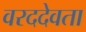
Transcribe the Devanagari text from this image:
वरददेवता